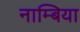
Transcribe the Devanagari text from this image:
नाम्बिया